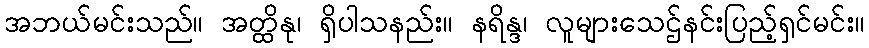
အဘယ်မင်းသည်။ အတ္ထိနု၊ ရှိပါသနည်း။ နရိန္ဒ၊ လူများသေဌ်နင်းပြည့်ရှင်မင်း။